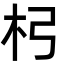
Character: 杛